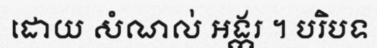
ដោយ សំណល់ អង្ករ ។ បរិបទ